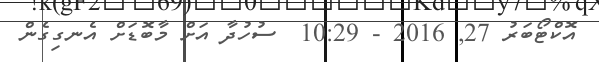
އޮކްޓޯބަރު 27